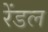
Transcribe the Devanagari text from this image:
रेंडल